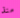
منذ